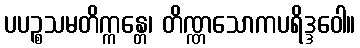
ပပဉ္စသမတိက္ကန္တေ၊ တိဏ္ဏသောကပရိဒ္ဒဝေါ။